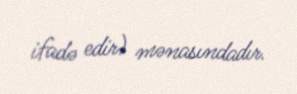
ifadə edir) mənasındadır.